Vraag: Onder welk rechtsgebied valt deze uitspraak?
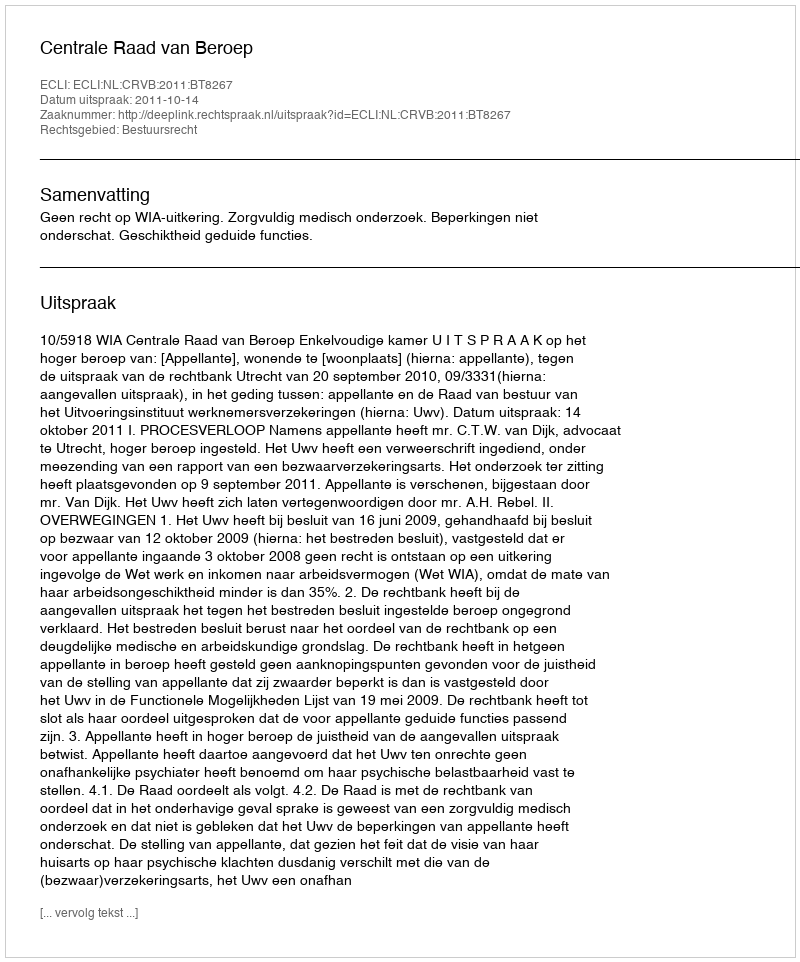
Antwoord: Bestuursrecht